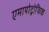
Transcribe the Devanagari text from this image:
एमायोट्रोफिक